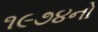
૧૯૭૪નો